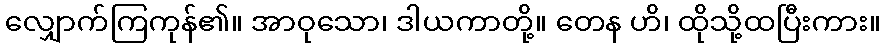
လျှောက်ကြကုန်၏။ အာဝုသော၊ ဒါယကာတို့။ တေန ဟိ၊ ထိုသို့ထပြီးကား။